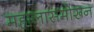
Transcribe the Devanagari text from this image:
महालासमोरून